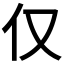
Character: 仅